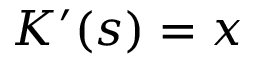
K ^ { \prime } ( s ) = x